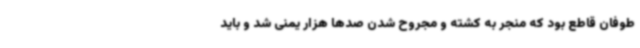
طوفان قاطع بود که منجر به کشته و مجروح شدن صدها هزار یمنی شد و باید